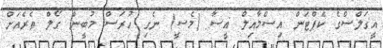
އީގަލްސްގެ ކެޕްޓަން އިސްމާއިލް އީސާ (މެސީ) ނެގި ހުރަސް މުބީން ގޯލް ތެރެއަށް